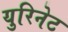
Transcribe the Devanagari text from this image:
युरिनेट